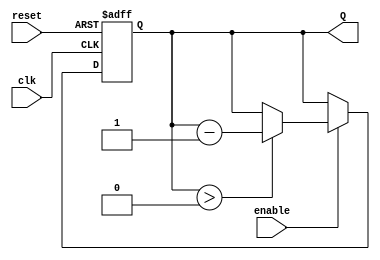
module binary_down_counter #(
    parameter N = 4 // Number of bits for the counter
)(
    input wire clk,         // Clock signal
    input wire reset,       // Asynchronous reset
    input wire enable,      // Enable signal
    output reg [N-1:0] Q    // Output count
);

// Maximum count value (2^N - 1)
localparam MAX_COUNT = (1 << N) - 1;

// Asynchronous reset and counting logic
always @(posedge clk or posedge reset) begin
    if (reset) begin
        Q <= MAX_COUNT; // Reset to maximum count value
    end else if (enable) begin
        if (Q > 0) begin
            Q <= Q - 1; // Decrement the count
        end
        // If Q is 0, it will stay at 0 until reset
    end
end

// Initialize count to maximum value
initial begin
    Q = MAX_COUNT;
end

endmodule